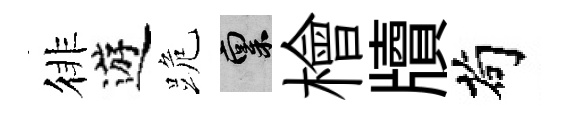
徘遊跪禀檜牘茍